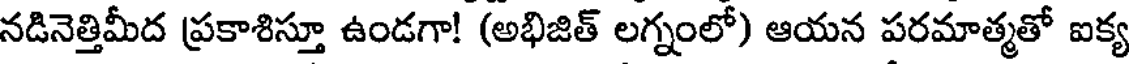
నడినెత్తిమీద ప్రకాశిస్తూ ఉండగా! (అభిజిత్ లగ్నంలో) ఆయన పరమాత్మతో ఐక్య